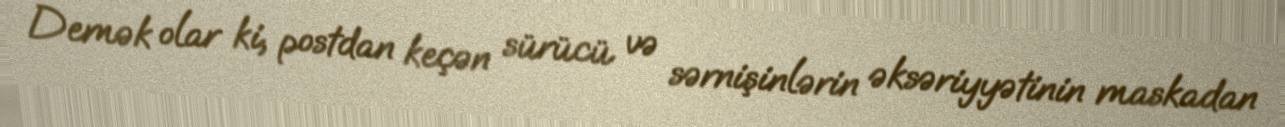
Demək olar ki, postdan keçən sürücü və sərnişinlərin əksəriyyətinin maskadan